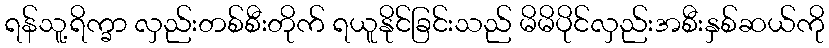
ရန်သူ့ရိက္ခာ လှည်းတစ်စီးတိုက် ရယူနိုင်ခြင်းသည် မိမိပိုင်လှည်းအစီးနှစ်ဆယ်ကို